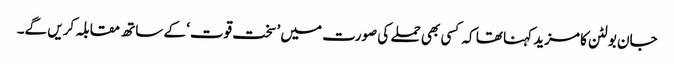
جان بولٹن کا مزید کہنا تھا کہ کسی بھی حملے کی صورت میں ’سخت قوت‘ کے ساتھ مقابلہ کریں گے۔